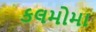
કલમોમા